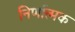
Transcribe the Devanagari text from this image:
निर्णात्मक